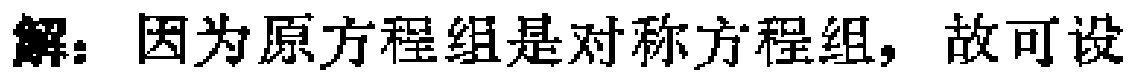
解：因为原方程组是对称方程组，故可设